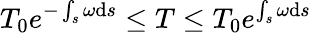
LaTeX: T_{0}e^{-\int_{s}\omega\mathrm{d}s}\leq T\leq T_{0}e^{\int_{s}\omega\mathrm{d}s}